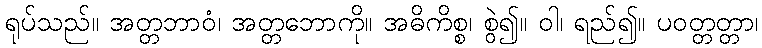
ရုပ်သည်။ အတ္တဘာဝံ၊ အတ္တဘောကို။ အဓိကိစ္စ၊ စွဲ၍။ ဝါ၊ ရည်၍။ ပဝတ္တတ္တာ၊